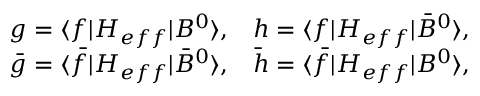
\begin{array} { l l } { { g = \langle f | H _ { e f f } | B ^ { 0 } \rangle , } } & { { h = \langle f | H _ { e f f } | \bar { B } ^ { 0 } \rangle , } } \\ { { \bar { g } = \langle \bar { f } | H _ { e f f } | \bar { B } ^ { 0 } \rangle , } } & { { \bar { h } = \langle \bar { f } | H _ { e f f } | B ^ { 0 } \rangle , } } \end{array}